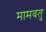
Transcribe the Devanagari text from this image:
मामवतु